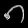
Digit: ၈